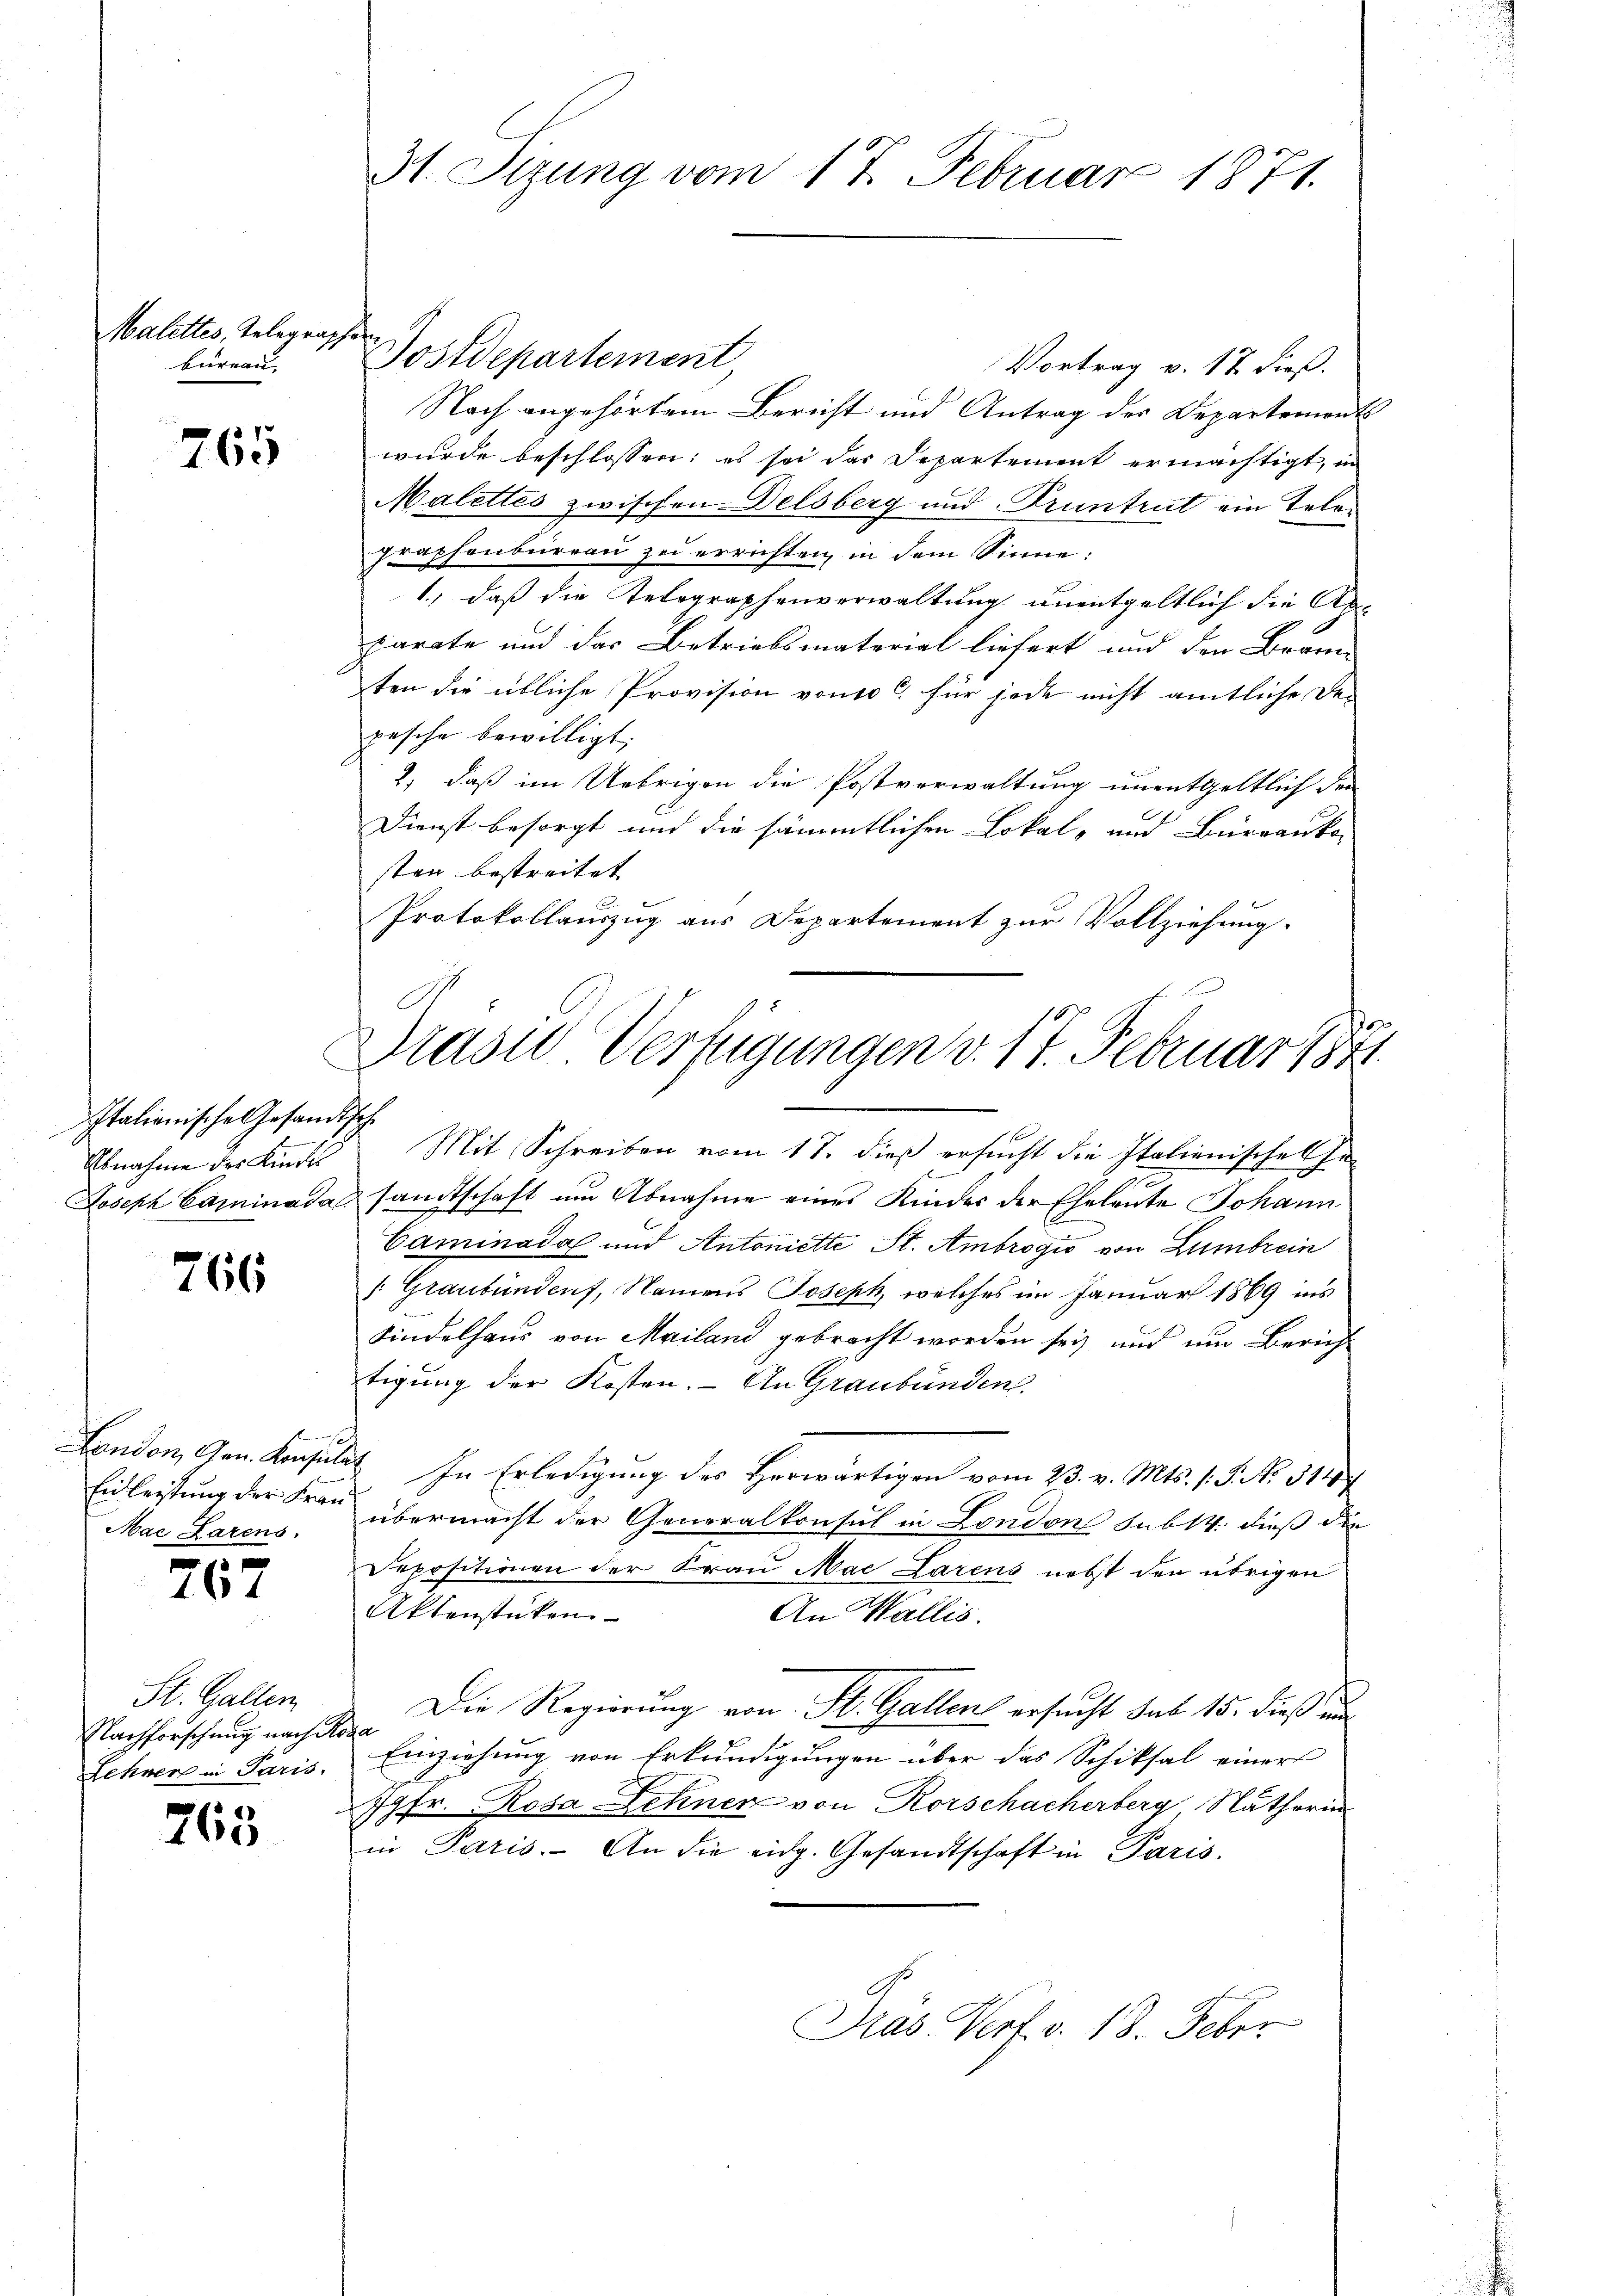
Malettes, Telegraphen
bureau

765

Italienische Gesandtsch

766

Einleistung der Frau
Mac Larens.

267

St. Gallen
Nachforschung nach Rosa

763

Vortrag v. 17 dieß.
Nach angehörtem Bericht und Antrag der Departements
wurde beschlossen: es sei das Departement ermächtigt, in
Malettes zwischen Delsberg und Pruntrut ein Telen
graphenbureau zu errichten, in dem Sinne:
1.) daß die Telegraphenverwaltung unentgeltlich die Anparate und der Betriebsmaterial liefert und den Bran-
ten die übliche Provision von 100 für jede nicht amtliche De-
pesche bewilligt;
2, daß im Uebrigen die Postverwaltung unentgeltlich den
Dienst besorgt und die sämmtlichen Lokal- und Burranko-
sten bestreitet
Protokollauszug aus Departement zur Vollziehung.

31. Sizung vom 17. Februar 1871.

Postdepartement,

Draser Verfügungen v. 17. Februar 188

Abnahme des Kindes Mit Schreiben vom 17. dieß ersŭcht die Italienische Ehe-
Joseph Caminada sandtschaft um Abnahme eines Kinder der Eheleute Johann
Caminada und Antoniette St. Ambrogio von Lumtrein
(Graubündenf, Namens Joseph, welches im Januar 1869 ins
Kindelhaus von Mailand gebracht worden sey und um Zürichtigung der Kosten. – An Graubünden
London, Gen. Konsulat In Erledigung des Herwärtigen vom 23. v. Mts. 1. P. Nr. 311
übermacht der Generalkonsul in London Sub 14 dieß die
Depositionen der Frau Mac Larens nebst den übrigen
Aktenstücken.
An Wallis.
Die Regierung von St. Gallens ersucht sub 15. dieß ein
Lehrer in Paris. Einziehung von Erkundigungen über das Schiksal einer
Jgfr. Rosa Zehnen von Rorschacherberg Natharin
in Paris. An die eidg. Gesandtschaft in Paris.
Dräs Verf. v. 18. Feber